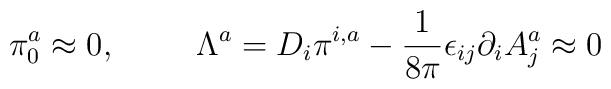
\pi^{a}_{0} \approx 0, \hspace{1cm} \Lambda^{a} = D_{i}\pi^{i,a} -\frac{1}{8\pi} \epsilon_{ij}\partial_{i}A^{a}_{j} \approx 0